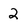
Character: 2